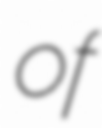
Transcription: of